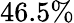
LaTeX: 46.5\%